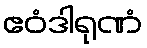
ဧဝံဒါရုဏံ